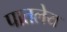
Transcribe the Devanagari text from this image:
पातलेय